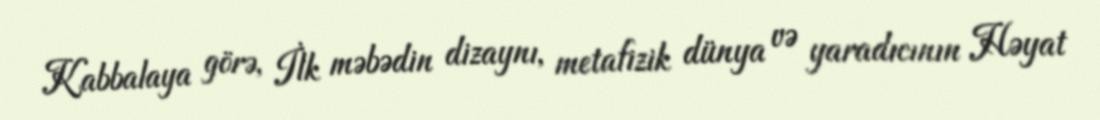
Kabbalaya görə, İlk məbədin dizaynı, metafizik dünya və yaradıcının Həyat